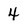
Character: 4